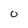
Character: 0